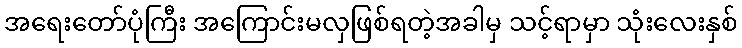
အရေးတော်ပုံကြီး အကြောင်းမလှဖြစ်ရတဲ့အခါမှ သင့်ရာမှာ သုံးလေးနှစ်